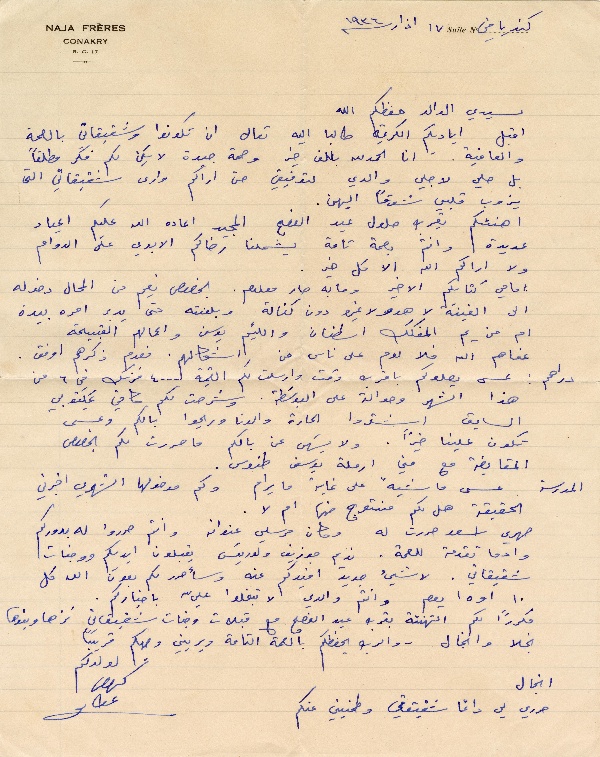
كنريا في ١٧ اذار سنة ١٩٣٦
Naja Frères Conakry
سيدي الوالد حفظكم الله
اقبل اياديكم الكريمة طالبا اليه تعالى ان تكونوا وشقيقاتي بالصحة
والعافية. انا الحمدلله بالف خير وصحة جيدة لا يكن لكم فكر مطلقاً
بل صلي لاجلي والدي لتوفيقي حتى اراكم وارى شقيقاتي التي
 يذوب قلبي شوقاً اليهن.
اهنئكم بقرب حلول عيد الفصح المجيد اعاده الله عليكم اعياد
 عديدة وانتم بصحة تامة يشملنا رضاكم الابدي على الدوام
ولا اراكم الله الا كل خير.
امامي كتابكم الاخير وما به صار معلوم. بخصوص نعيم من المحال دخوله
الى الغينة لا هو ولا غيرو دون كفالة وبلغته حتى يدبر امره بيده
ام من يم المفكك اسطفان واللئيم يوسف واعمالهم القبيحة
عفاهم الله فلا لوم على ناس من اشكالهم. فعدم ذكرهم اوفق.
دراهم: عسى يصلوكم باقرب وقت وارسلت لكم القيمة ٤٠٠٠ فرنك في ٦ من
هذا الشهر وحوالة على البوسَطة. وشرحت لكم كافي بمكتوبي
السابق اشتروا الحارة والدنا وريحوا بالكم وعسى
تكون علينا خيراً. ولا يسَهى عن بالكم ما حررت لكم بخصوص
المقايضة مع مني ارملة يوسف طنوس.
المدرسة عسى ماشية على غاية ما يرام ولك مدخولها الشهري اخبرني
الحقيقة هل لكم منتوج منها ام لا.
صهري اسعد حررت له وكان مرسلي عنوانه وانتم حرروا له بدوركم
وادما تقدمة للصحة. نديم جوزيف ولوريسَ يقبلون ايديكم ووجنات
شقيقاتي. لا شيء جديد افيدكم عنه وسأحرر لك بعون الله كل
١٠ او ١٥ يوم وانتم والدي لا تبخلوا عليّ باخباركم.
مكرراً لكم التهنئة بقرب عيد الفصح مع قبلات وجنات شقيقاتي نزها وبنوها
نجلا وانجال. والرب يحفظكم بالصحة التامة ويريني وجهكم قريباً
انجال حرري لي دائما شقيقتي وطمنيني عنكم

لولدكم  كروجر عطالله